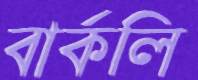
বার্কলি